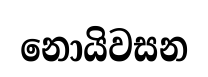
නොයිවසන